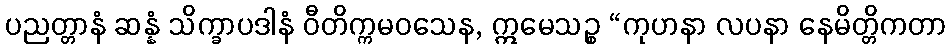
ပညတ္တာနံ ဆန္နံ သိက္ခာပဒါနံ ဝီတိက္ကမဝသေန, ဣမေသဉ္စ “ကုဟနာ လပနာ နေမိတ္တိကတာ